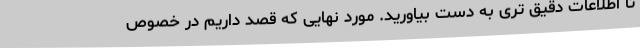
تا اطلاعات دقیق تری به دست بیاورید. مورد نهایی که قصد داریم در خصوص